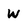
Character: w